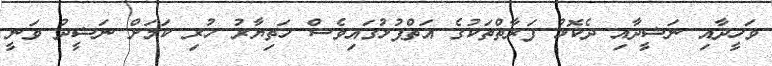
ވަހީދާއި ނަޝީދާއި ދެކޮޅު ފަރާތްތަކުގެ އަތްޕުޅުގައިވެސް ހަތިޔާރު ހުރި ކަމަށް ނަޝީދު ވަނީ